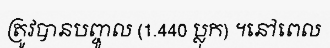
ត្រូវបានបញ្ចូល (1.440 ប្លុក) ។នៅពេល